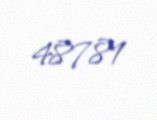
48781